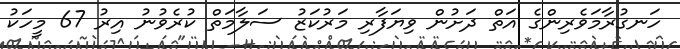
ހަނގުރާމަވެރިންގެ އަތް ދަށުން ވިޔަފާރި މަރުކަޒު ސަލާމަތް ކުރެވުނު އިރު 67 މީހަކު